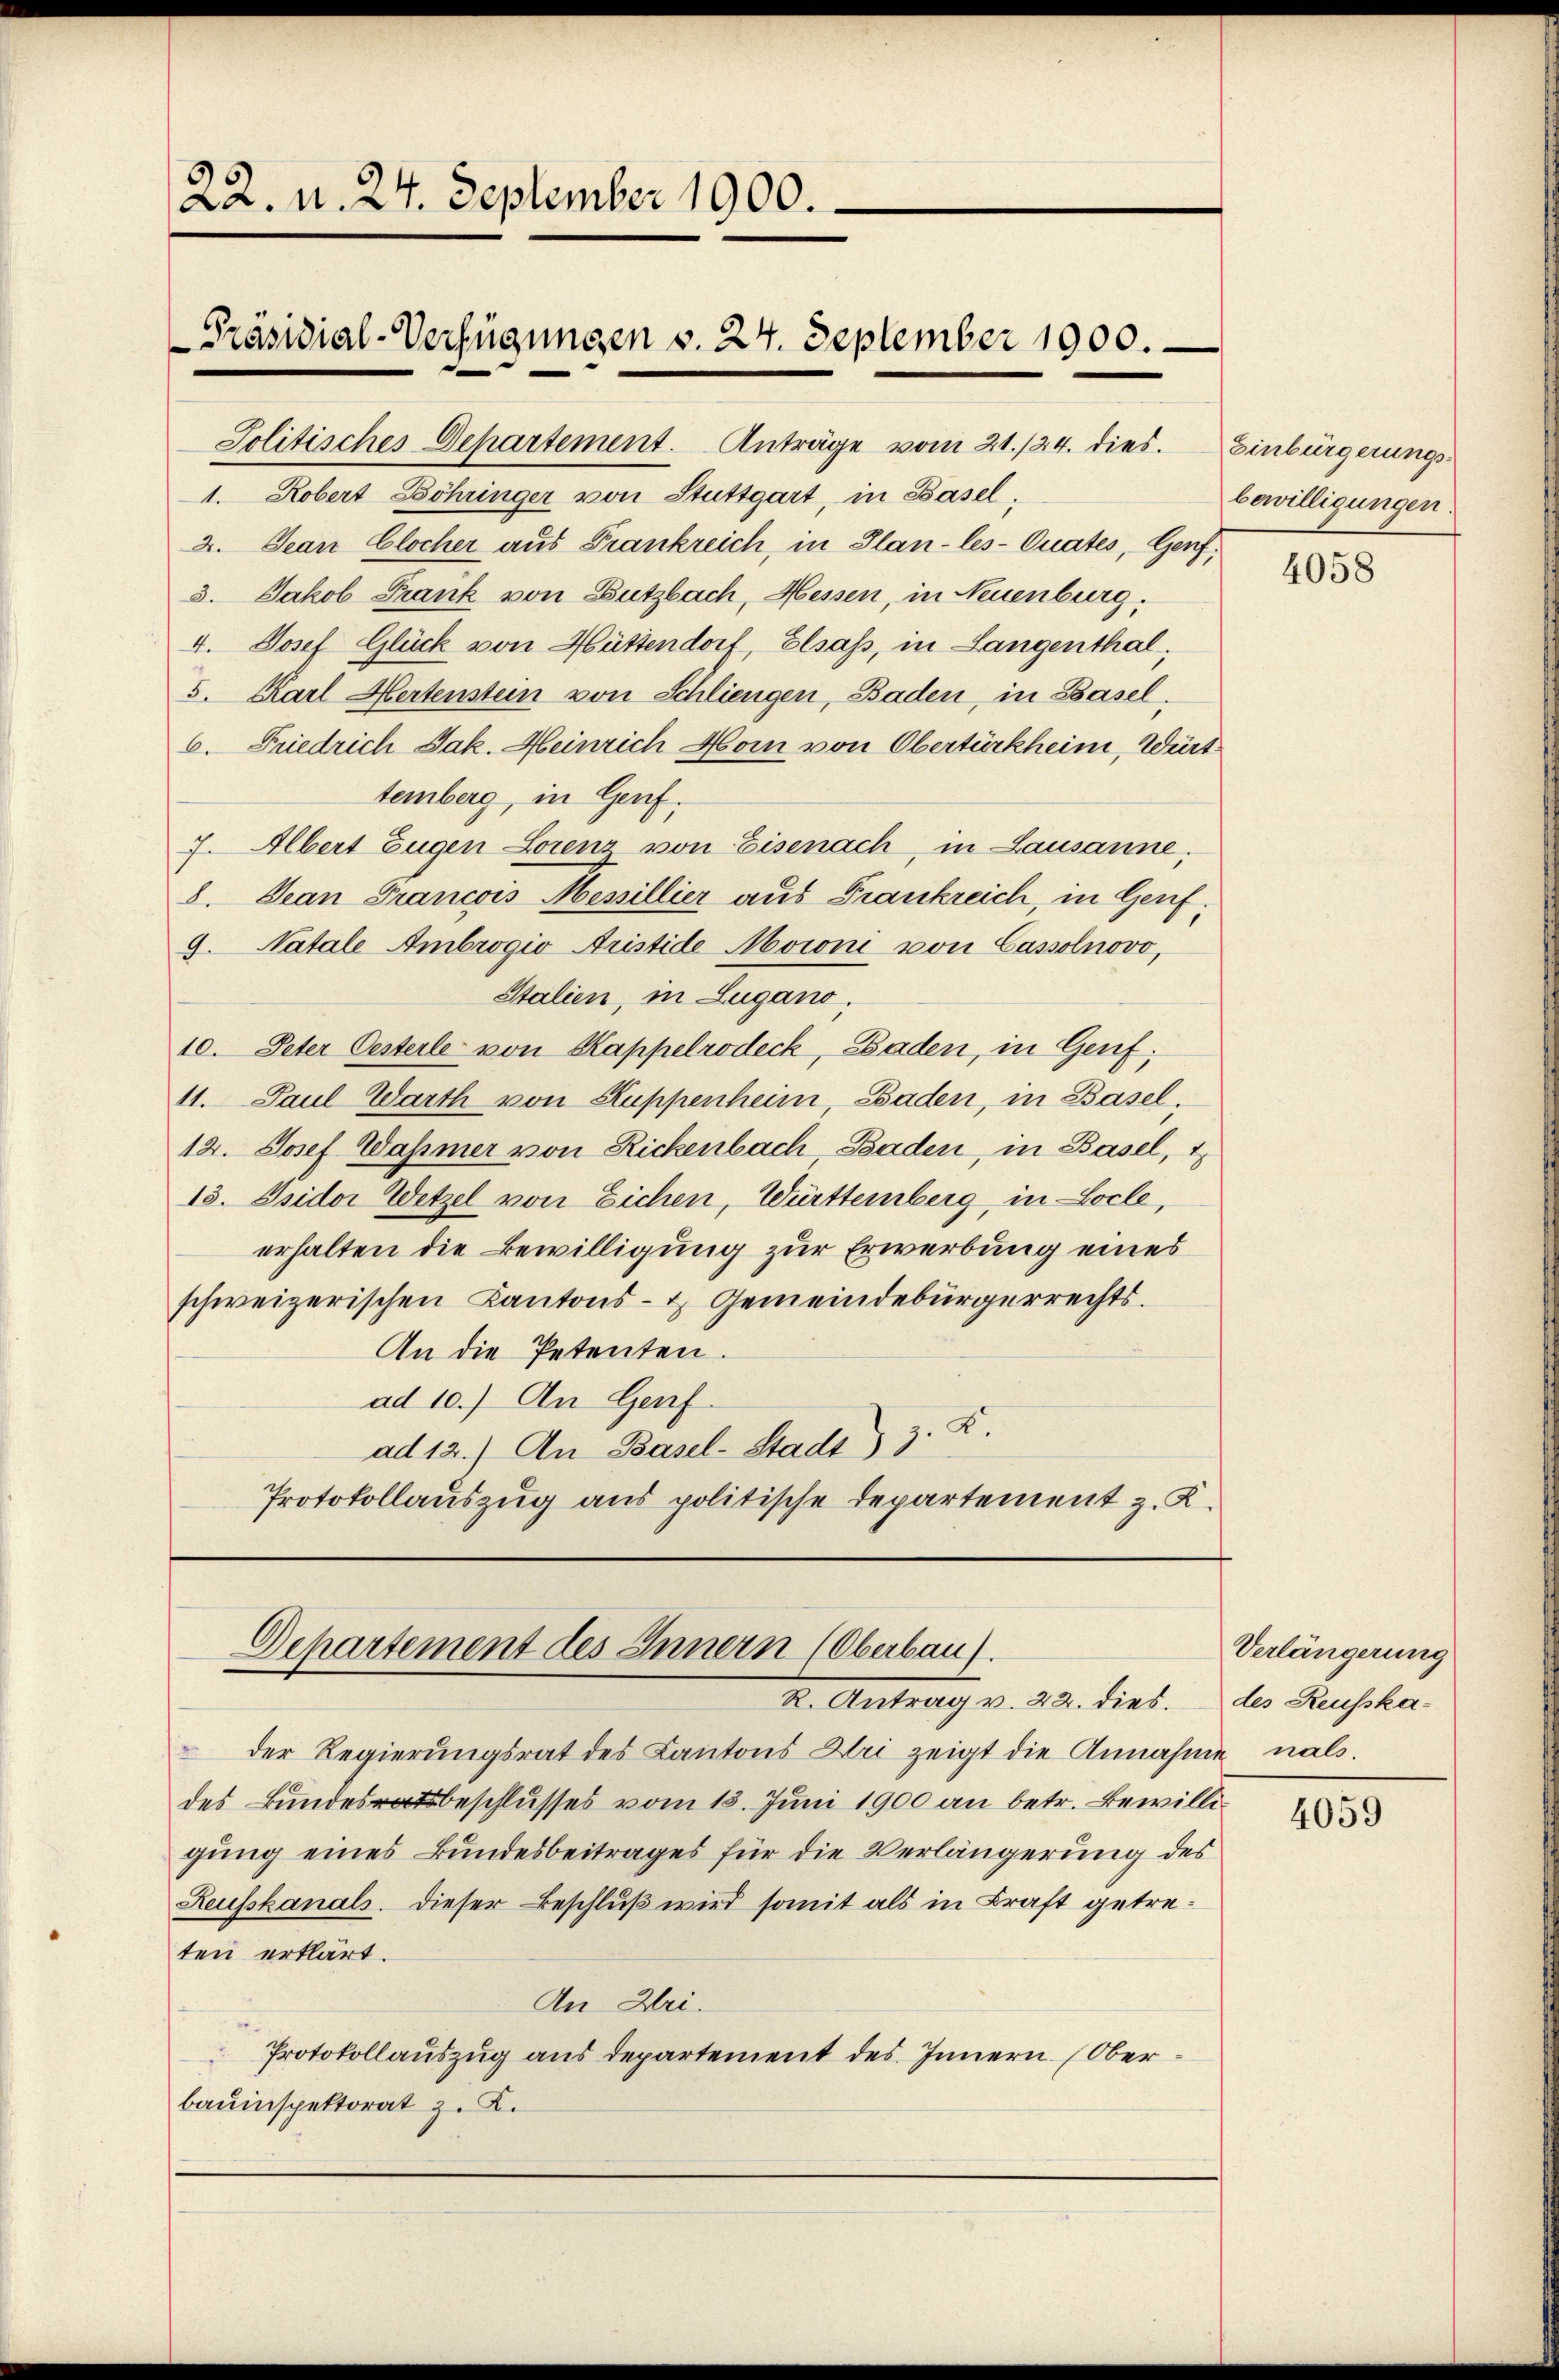
22. d. 24. September 1900.
Präsidial-Verfügungen v. 24. September 1900.
Jolitisches Departement. Anträge vom 21./24. dies. Einbürgerungs¬

1. Robert Böhringer von Stuttgart, in Basel,
2. Jean Clocher aus Frankreich, in Plan-les-Quates, Genf,
3. Jakob Frank von Butzbach, Messen, in Neuenburg.
4. Josef Glück von Hüttendorf, Elsass, in Langenthal
5. Karl Hertenstein von Schliengen, Baden, in Basel.
6. Friedrich Jak. Meinrich Horn von Obertürkheim, Württemberg, in Genf.
7. Albert Eugen Lorenz von Eisenach, in Lausanne,
8. Jean Francois Messillier aus Frankreich in Genf.
9. Natale Ambrogio Aristide Moroni von Cassolnovo,
Stalien, in Lugano,
10. Peter Oesterle von Kappelrodeck, Laden, in Genf,
11. Paul Warth von Kuppenheim, Baden, in Basel,
12. Josef Wasmer von Rickenbach Baden, in Basel, 1
13. Isidor Wetzel von Eichen, Württemberg, in Locle,
erhalten die Bewilligung zur Erwerbung eines
schweizerischen Kantons- & Gemeindebürgerrechts.
An die Petenten.
ad 10.) An Genf.
8.
ad 12.) An Basel-Stadt) 3:
Protokollauszug aus politische Departement z. K.

Dchartement des Innern (Oberbau).
X. Antrag v. 22. dieb.

der Regierungsrat des Kantons Uri zeigt die Annahme nals.
des Bundesratsbeschlusses vom 18. Juni 1900 an betr. Bewilligung eines Bundesbeitrages für die Verlängerung des
Reusskanals. Dieser Beschluß wird somit als in Kraft getreten erklärt.
An Hei¬
Protokollauszug aus departement des Innern Oberbauinspektorat z. B.

bewilligungen.

4058

Verlängerung
des Reusska¬

4059